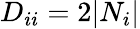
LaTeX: D_{ii}=2|N_{i}|